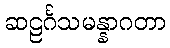
ဆဠင်္ဂသမန္နာဂတာ